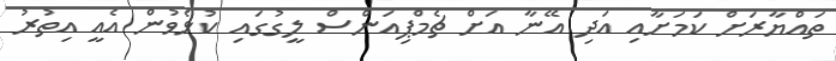
ތައްޔާރަށް ކަމަށާއި އަދި އޭނާ އަށް ޗެމްޕިއަންސް ލީގުގައި ކުޅެވުން އެއީ އިތުރު